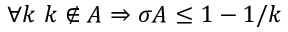
\forall k \ k \notin A \Rightarrow \sigma A \leq 1 - 1 / k